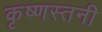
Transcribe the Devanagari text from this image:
कृष्णस्तनी